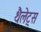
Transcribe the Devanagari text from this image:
थैलेट्स